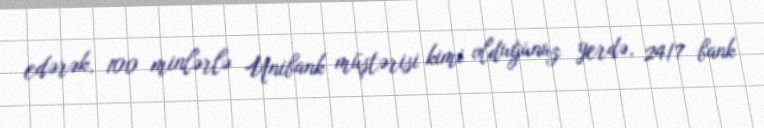
edərək, 100 minlərlə Unibank müştərisi kimi olduğunuz yerdə, 24/7 bank